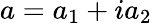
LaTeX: a=a_{1}+ia_{2}